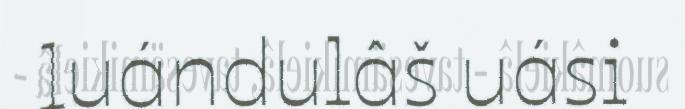
luándulâš uási